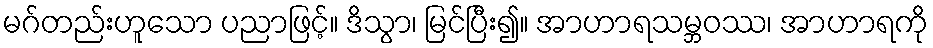
မဂ်တည်းဟူသော ပညာဖြင့်။ ဒိသွာ၊ မြင်ပြီး၍။ အာဟာရသမ္ဘဝဿ၊ အာဟာရကို